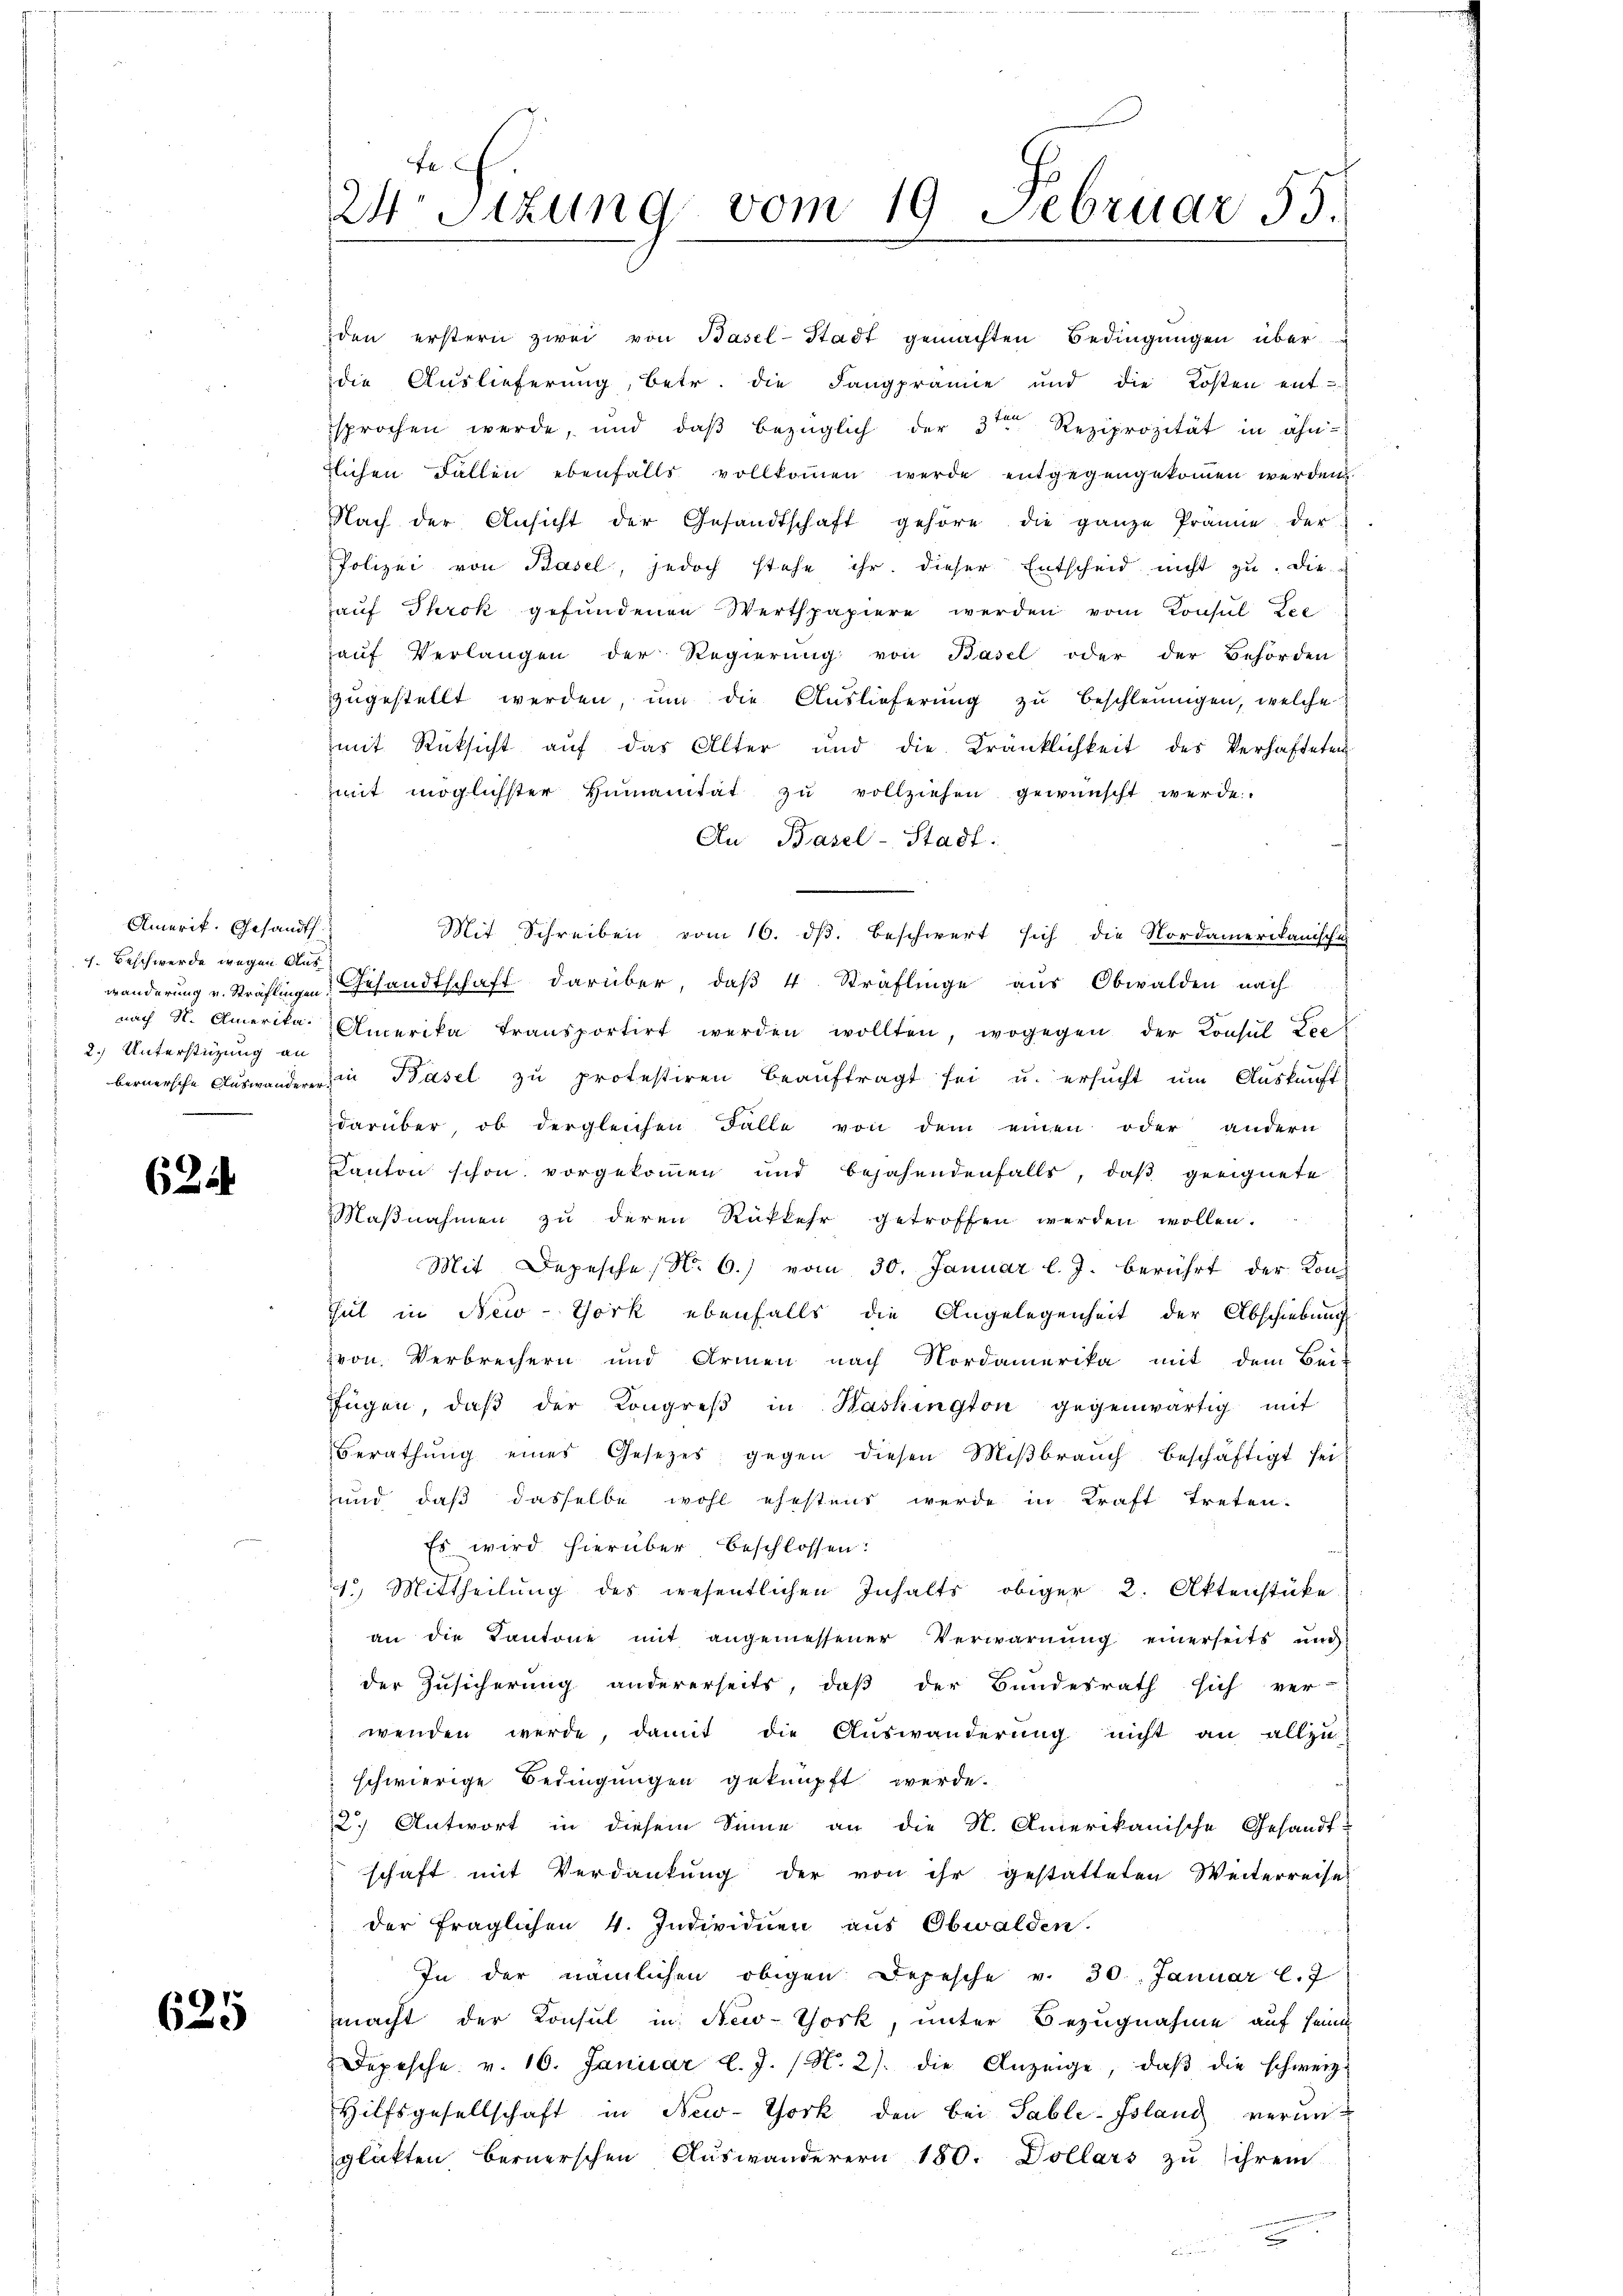
Amerik. Gesandt.
f. Beschwerde wegen Aus
2.) Unterstüzung an

62

625

F
24. Sitzung vom 19 Februar 55.

den erstern zwei von Basel-Stadt gemachten Bedingŭngen überdie Auslieferung, betr. die Fangprämie und die Kosten ent-
sprochen werde, und daß bezüglich der 3ten Reziprozität in ähn-
ichen Fallen ebenfalls vollkommen werde entgegengekoṁen werden.
Nach der Ansicht der Gesandtschaft gehöre die ganze Prämie der
Polizei von Basel, jedoch stehe ihr. dieser Entscheid nicht zu. Die
auf Throk gefundenen Werthpapiere werden vom Konsŭl Zee
auf Verlangen der Regierung von Basel oder der Behörden
zŭgestellt werden, ŭm die Auslieferŭng zŭ beschleunigen, welche
mit Rücksicht aŭf das Alter und die Kränklichkeit des Verhafteten
mit möglichster Humanität zu vollziehen gewünscht werde.
An Basel-Stadt.
Mit Schreiben vom 16. ds. beschwert sich die Nordamerikanische
wanderung u. Sträflingen Gesandtschaft darüber, daß 4. Sträflinge aus Obwalden nach
nach N. Amerika. Amerika transportirt werden wollten, wogegen der Consul Loc
bernersche Auswanderer in Basel zŭ protestiren beaŭftragt sei u. ersŭcht ŭm Auskunft
darüber, ob dergleichen Falle von dem einen oder andern
Kanton schon vorgekommen und bejahendenfalls, daß geeignete
Maβnahmen zŭ deren Rükkehr getroffen werden wollen.
Mit Depesche No 6.) vom 30. Januar l. J. berührt der Kon-
hut in New-York ebenfalls die Angelegenheit der Abschiebung
von Verbrechern und Armen nach Nordamerika mit dem Bei-
fügen, daβ der Kongreβ in Washington gegenwärtig mit
Berathŭng eines Gesetzes gegen diesen Miβbraŭch beschäftigt sei
und daß dasselbe wohl ehestens werde in Kraft treten-
Es wird hierüber beschlossen:
1) Mittheilŭng des wesentlichen Inhalts obiger 2. Aktenstücke
an die Kantone mit angemessener Verwarnung einerseits und
der Zusicherung andererseits, daß der Bundesrath sich ver-
wenden werde, damit die Auswanderung nicht an allzu-
schwierige Bedingungen geknüpft werde.
2.) Antwort in diesem Sinne an die N. Amerikanische Gesandt-
schaft mit Verdankung der von ihr gestatteten Weiterreise
der fraglichen 4. Individuen aus Obwalden.
In der nämlichen obigen Depesche v. 30. Januar l. J
macht der Konsul in New-York, unter Bezugnahme auf seine
Depesche v. 16. Januar l. J. (N. 2) die Anzeige, daβ die schweiz.
Hilfsgesellschaft in New-York den bei Table-Island verunglükten bernerschen Auswanderern 180. Dollars zu ihrem